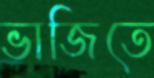
ভাজিতে